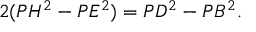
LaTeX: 2 ( P H ^ { 2 } - P E ^ { 2 } ) = P D ^ { 2 } - P B ^ { 2 } .